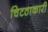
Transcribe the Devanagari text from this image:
चिटठाकारी